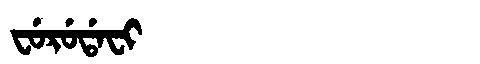
Manchu: ᠸᡠᡵᡠᡩᠠᠸᡳ
Romanization: FURUDAFI